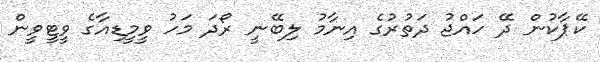
ކޭޕާކުން ދޭ ހައްޖު ދަތުރުގެ އިނާމު ލިބޭނީ ރޯދަ މަހު ވީމީޑިއާގެ ވީޓީވީން